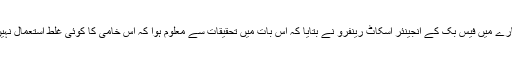
اس بارے میں فیس بک کے انجینئر اسکاٹ رینفرو نے بتایا کہ اس بات میں تحقیقات سے معلوم ہوا کہ اس خامی کا کوئی غلط استعمال نہیں ہوا۔